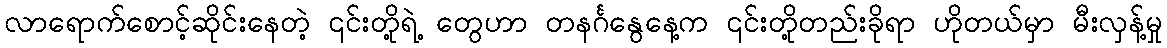
လာရောက်စောင့်ဆိုင်းနေတဲ့ ၎င်းတို့ရဲ့ တွေဟာ တနင်္ဂနွေနေ့က ၎င်းတို့တည်းခိုရာ ဟိုတယ်မှာ မီးလှန့်မှု